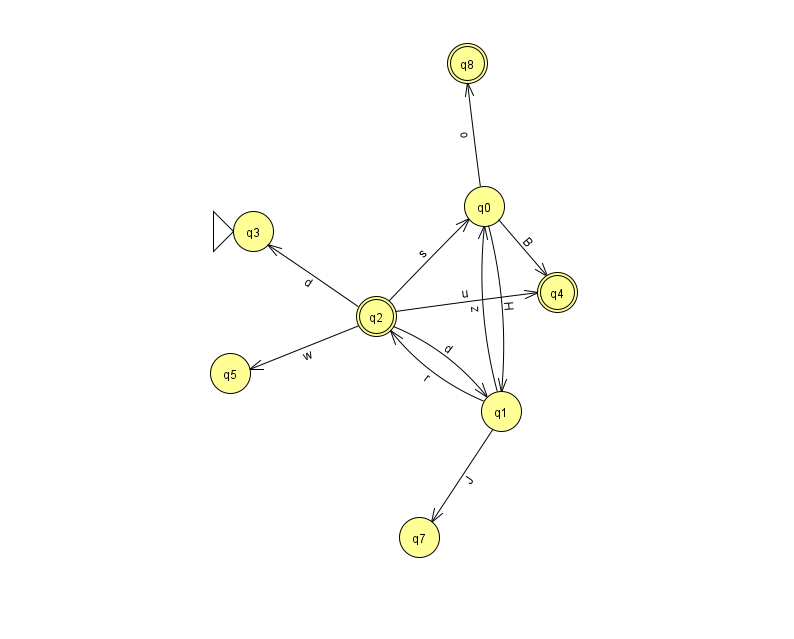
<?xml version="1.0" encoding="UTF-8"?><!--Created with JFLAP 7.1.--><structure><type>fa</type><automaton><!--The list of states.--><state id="0" name="q0"><x>484.0</x><y>193.0</y></state><state id="1" name="q1"><x>501.0</x><y>398.0</y></state><state id="2" name="q2"><x>376.0</x><y>303.0</y><final/></state><state id="3" name="q3"><x>253.0</x><y>218.0</y><initial/></state><state id="4" name="q4"><x>557.0</x><y>279.0</y><final/></state><state id="5" name="q5"><x>230.0</x><y>360.0</y></state><state id="7" name="q7"><x>419.0</x><y>524.0</y></state><state id="8" name="q8"><x>467.0</x><y>50.0</y><final/></state><!--The list of transitions.--><transition><from>0</from><to>1</to><read>H</read></transition><transition><from>0</from><to>8</to><read>o</read></transition><transition><from>2</from><to>4</to><read>u</read></transition><transition><from>2</from><to>5</to><read>w</read></transition><transition><from>1</from><to>0</to><read>z</read></transition><transition><from>2</from><to>1</to><read>d</read></transition><transition><from>1</from><to>2</to><read>r</read></transition><transition><from>1</from><to>7</to><read>J</read></transition><transition><from>0</from><to>4</to><read>B</read></transition><transition><from>2</from><to>0</to><read>s</read></transition><transition><from>2</from><to>3</to><read>d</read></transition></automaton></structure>